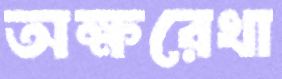
অক্ষরেখা